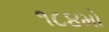
૧૮૪મો